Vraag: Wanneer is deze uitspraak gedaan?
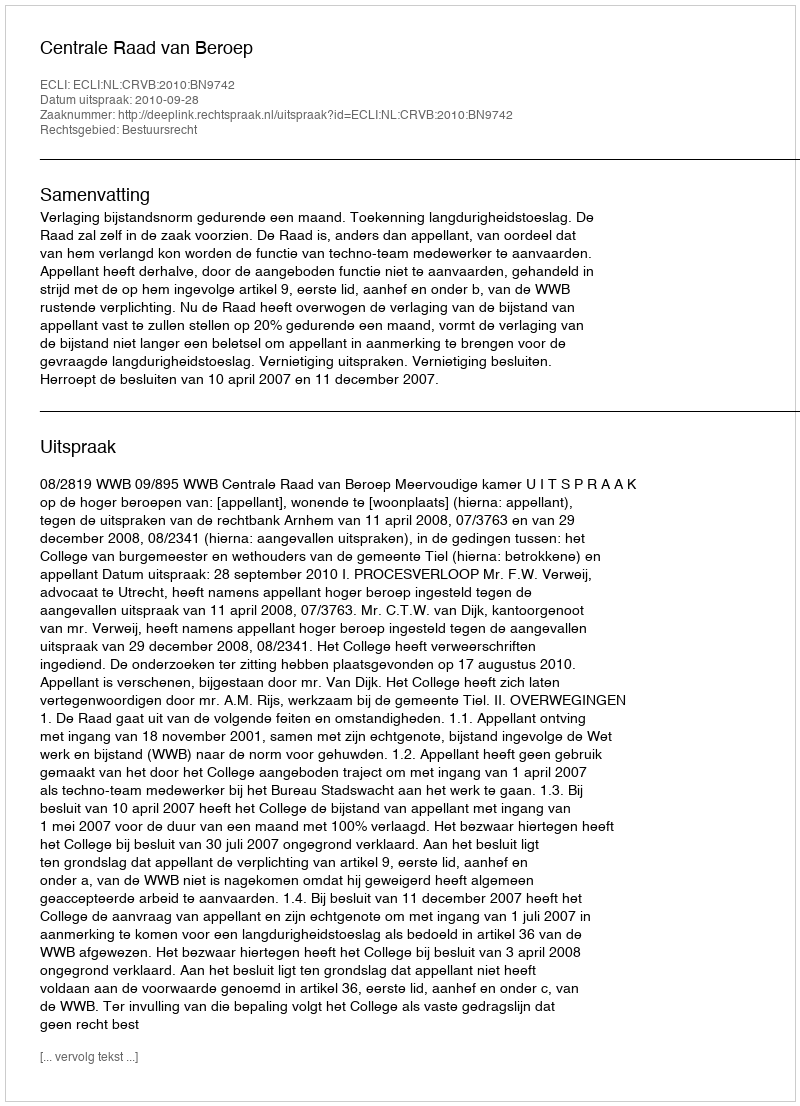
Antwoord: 2010-09-28